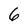
Character: 6